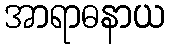
အာရာဓနာယ